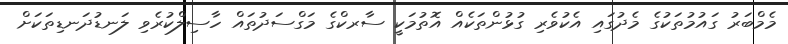
މެމްބަރު ގައުމުތަކުގެ މެދުގައި އެކުވެރި ގުޅުންތަކެއް އޮތުމަކީ ސާރކްގެ މަގްސަދުތައް ހާސިލްކުރެވި ލަނޑުދަނޑިތަކަށް